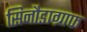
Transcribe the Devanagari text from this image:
सिनौडाग्राफ